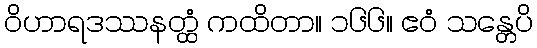
ဝိဟာရဒဿနတ္ထံ ကထိတာ။ ၁၆၆။ ဧဝံ သန္တေပိ